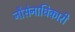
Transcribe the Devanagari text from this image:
नौसेनाधिकारी